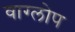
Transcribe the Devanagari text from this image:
वाग्लोप